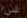
شيء